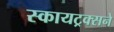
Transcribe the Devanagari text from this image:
स्कायट्रक्सने